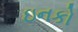
ઇનકો